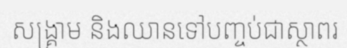
សង្គ្រាម និងឈានទៅបញ្ចប់ជាស្ថាពរ